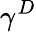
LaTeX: \gamma^{D}